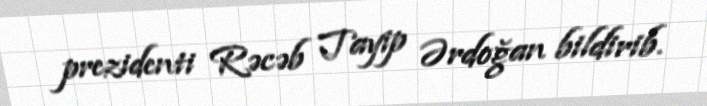
prezidenti Rəcəb Tayip Ərdoğan bildirib.